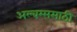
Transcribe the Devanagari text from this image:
अल्बम्ससाठी